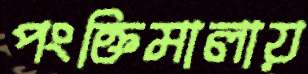
পংক্তিমালায়